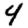
Digit: 4